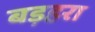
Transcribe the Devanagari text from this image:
बड़हरा